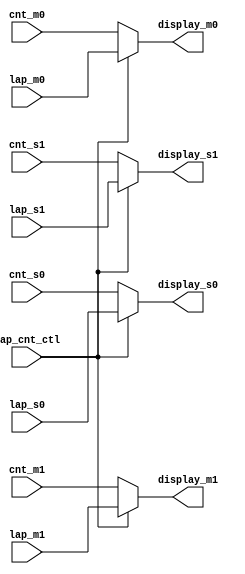
module Lap_Cnt_result_selector(
    input lap_cnt_ctl,
    input [3:0] lap_s0,
    input [3:0] lap_s1,
    input [3:0] lap_m0,
    input [3:0] lap_m1,
    input [3:0] cnt_s0,
    input [3:0] cnt_s1,
    input [3:0] cnt_m0,
    input [3:0] cnt_m1,
    output [3:0] display_s0,
    output [3:0] display_s1,
    output [3:0] display_m0,
    output [3:0] display_m1
    );
    
    reg [3:0] display_s0, display_s1, display_m0, display_m1;
    
    always @* begin
        if (lap_cnt_ctl) begin 
            display_s0 = lap_s0;
            display_s1 = lap_s1;
            display_m0 = lap_m0;
            display_m1 = lap_m1;
        end
        else begin
            display_s0 = cnt_s0;
            display_s1 = cnt_s1;
            display_m0 = cnt_m0;
            display_m1 = cnt_m1;
        end
    end
endmodule